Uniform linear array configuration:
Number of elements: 16
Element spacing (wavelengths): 0.5
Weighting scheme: binomial
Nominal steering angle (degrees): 45
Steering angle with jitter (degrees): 44.166
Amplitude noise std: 0.05
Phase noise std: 0.05

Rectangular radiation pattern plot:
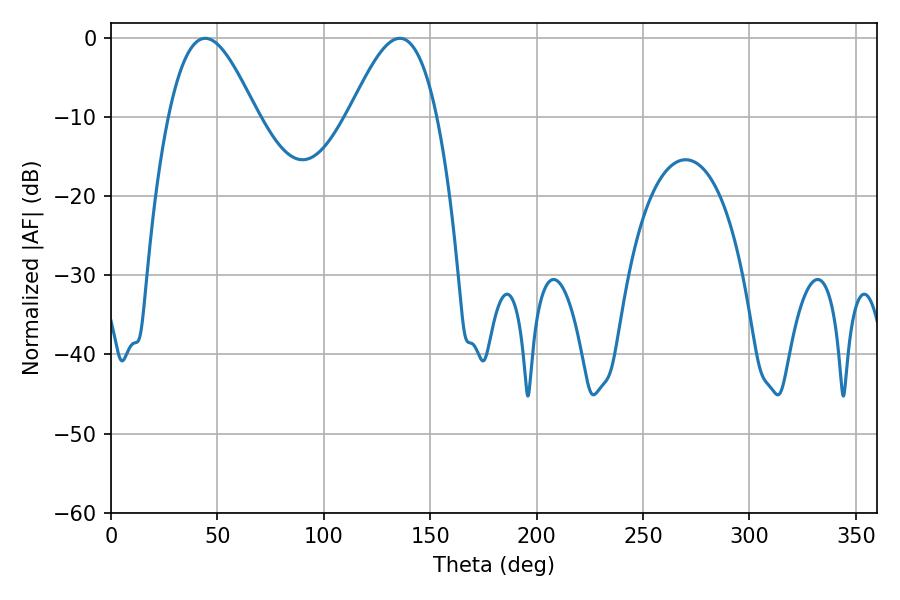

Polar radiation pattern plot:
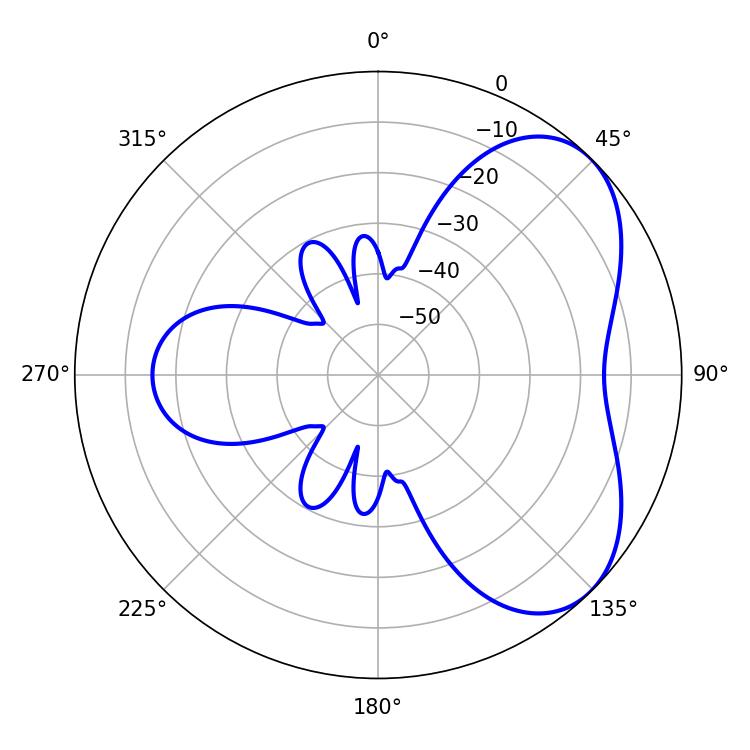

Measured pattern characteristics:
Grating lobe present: FALSE
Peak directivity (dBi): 5.141
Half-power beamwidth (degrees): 22.32
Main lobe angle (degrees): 44.28